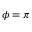
\phi = \pi